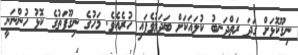
ނިގޫކޮޅަށް ގަދަ ރަތްދަނބު ކުލައަކަށް ބަދަލުވެފައި ހުރެއެވެ. މަހުގެ ނިގޫފަތުގެ ކޮޅު ހުންނަނީ